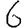
Digit: 6